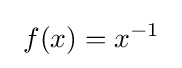
\ f(x)=x^{-1}\